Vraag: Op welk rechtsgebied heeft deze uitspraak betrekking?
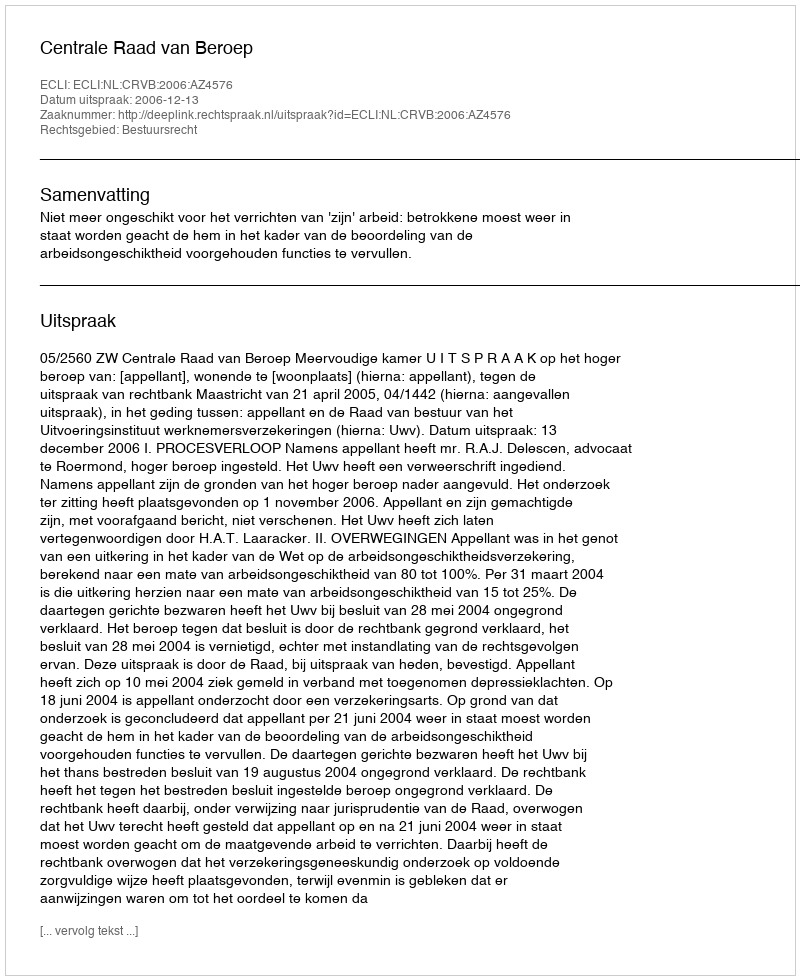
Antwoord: Bestuursrecht